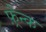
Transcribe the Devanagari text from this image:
फ़्रैन्क